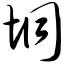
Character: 垌